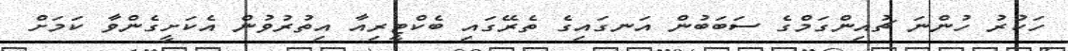
ހަކުރު ހުންނަ ޗުއިންގަމްގެ ސަބަބުން އަނގައިގެ ތެރޭގައި ބެކްޓީރިއާ އިތުރުވުން އެކަށީގެންވާ ކަމަށް